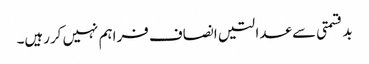
بدقسمتی سے عدالتیں انصاف فراہم نہیں کررہیں۔